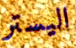
اليستر